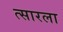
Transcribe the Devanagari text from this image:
त्सारला